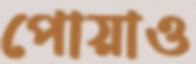
পোয়াও